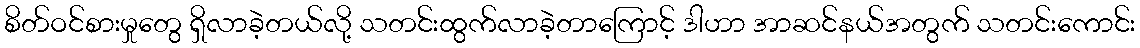
စိတ်ဝင်စားမှုတွေ ရှိလာခဲ့တယ်လို့ သတင်းထွက်လာခဲ့တာကြောင့် ဒါဟာ အာဆင်နယ်အတွက် သတင်းကောင်း